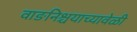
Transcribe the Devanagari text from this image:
वाङनिश्चयाच्यावेळी